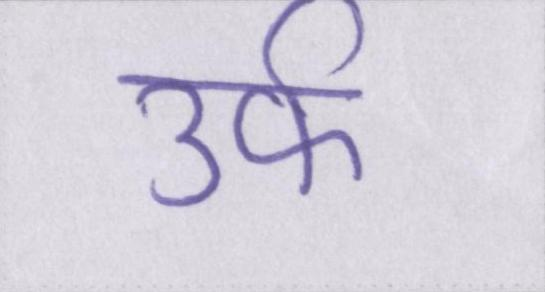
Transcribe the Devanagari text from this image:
उर्फ